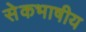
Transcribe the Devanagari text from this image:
सेेकभाषीय